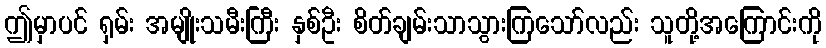
ဤမှာပင် ရှမ်း အမျိုးသမီးကြီး နှစ်ဦး စိတ်ချမ်းသာသွားကြသော်လည်း သူတို့အကြောင်းကို